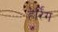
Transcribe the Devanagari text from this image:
हेर्रिंग